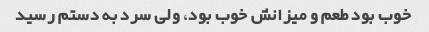
خوب بود طعم و میزانش خوب بود، ولی سرد به دستم رسید